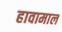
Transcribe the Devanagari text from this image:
हावामाल